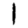
Digit: 1